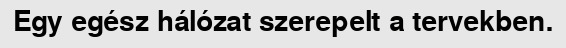
Egy egész hálózat szerepelt a tervekben.